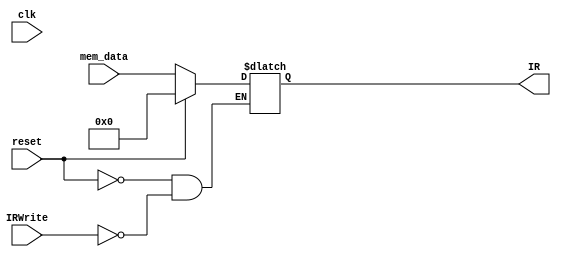
module InstructionRegister #(parameter data_width = 32) ( 
    input reset, 
	input clk,
    input IRWrite,
    input [data_width - 1 : 0] mem_data,
       	output reg [data_width - 1: 0] IR);

always @(*) begin
    if(reset) IR <= 0;
    else if(IRWrite) IR <= mem_data;
end

endmodule